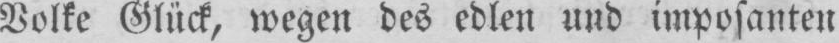
Volke Glück, wegen des edlen und imposanten